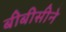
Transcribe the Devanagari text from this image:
बीबीसीने